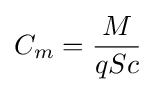
C_{m}={\frac {M}{qSc}}